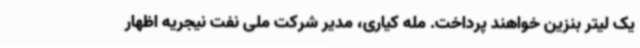
یک لیتر بنزین خواهند پرداخت. مله کیاری، مدیر شرکت ملی نفت نیجریه اظهار